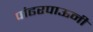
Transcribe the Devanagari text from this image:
पांढरपाऊनी